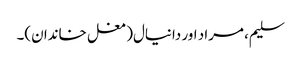
سلیم، مراد اور دانیال(مغل خاندان)۔